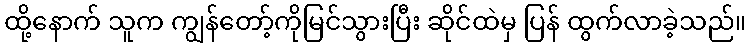
ထို့နောက် သူက ကျွန်တော့်ကိုမြင်သွားပြီး ဆိုင်ထဲမှ ပြန် ထွက်လာခဲ့သည်။